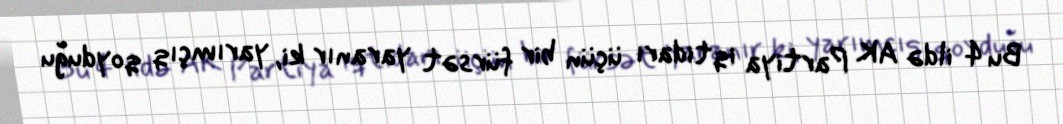
Bu 4 ildə AK Partiya iqtidarı üçün bir fürsət yaranır ki, yarımçıq qoyduğu